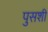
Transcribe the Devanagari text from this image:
पुसशी